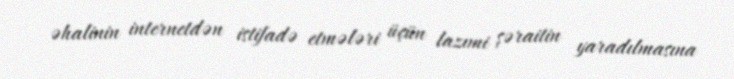
əhalinin internetdən istifadə etmələri üçün lazımi şəraitin yaradılmasına